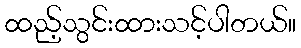
ထည့်သွင်းထားသင့်ပါတယ်။